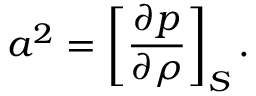
a ^ { 2 } = \left[ { \frac { \partial p } { \partial \rho } } \right] _ { S } .